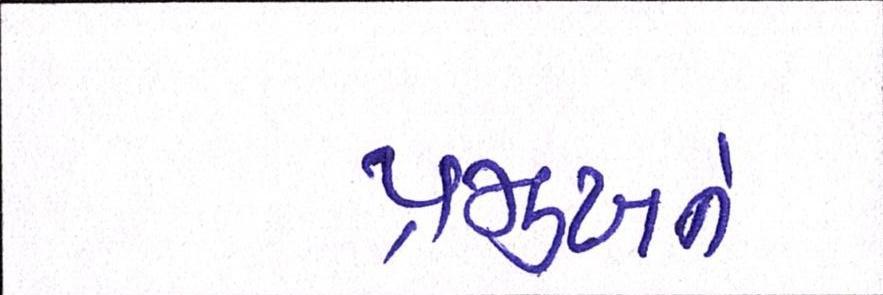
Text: પ્રમુખને